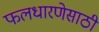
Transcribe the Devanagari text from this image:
फलधारणेसाठी